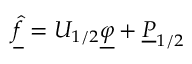
\underline { { \hat { f } } } = U _ { 1 / 2 } \underline { { \varphi } } + \underline { { P } } _ { 1 / 2 }